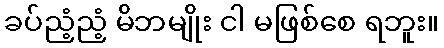
ခပ်ညံ့ညံ့ မိဘမျိုး ငါ မဖြစ်စေ ရဘူး။